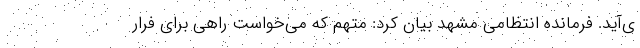
ی‌آید. فرمانده انتظامی مشهد بیان کرد: متهم که می‌خواست راهی برای فرار